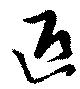
匹